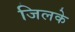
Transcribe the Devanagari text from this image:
जिलके